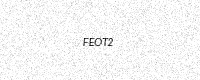
Text: FEOT2